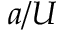
a / U